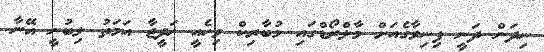
ނިދަން ދަނީ ފިނިވާގެއަށް މާލްރޯޑްގައި މުބާރިކް ވިހެއީ ޚަދީޖާ އަމަތު ލިބުނީ އޭނާ